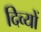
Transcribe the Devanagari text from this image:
दिव्यों